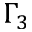
\Gamma _ { 3 }